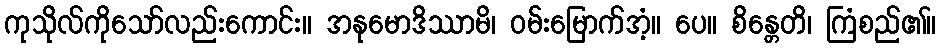
ကုသိုလ်ကိုသော်လည်းကောင်း။ အနုမောဒိဿာမိ၊ ဝမ်းမြောက်အံ့။ ပေ။ စိန္တေတိ၊ ကြံစည်၏။